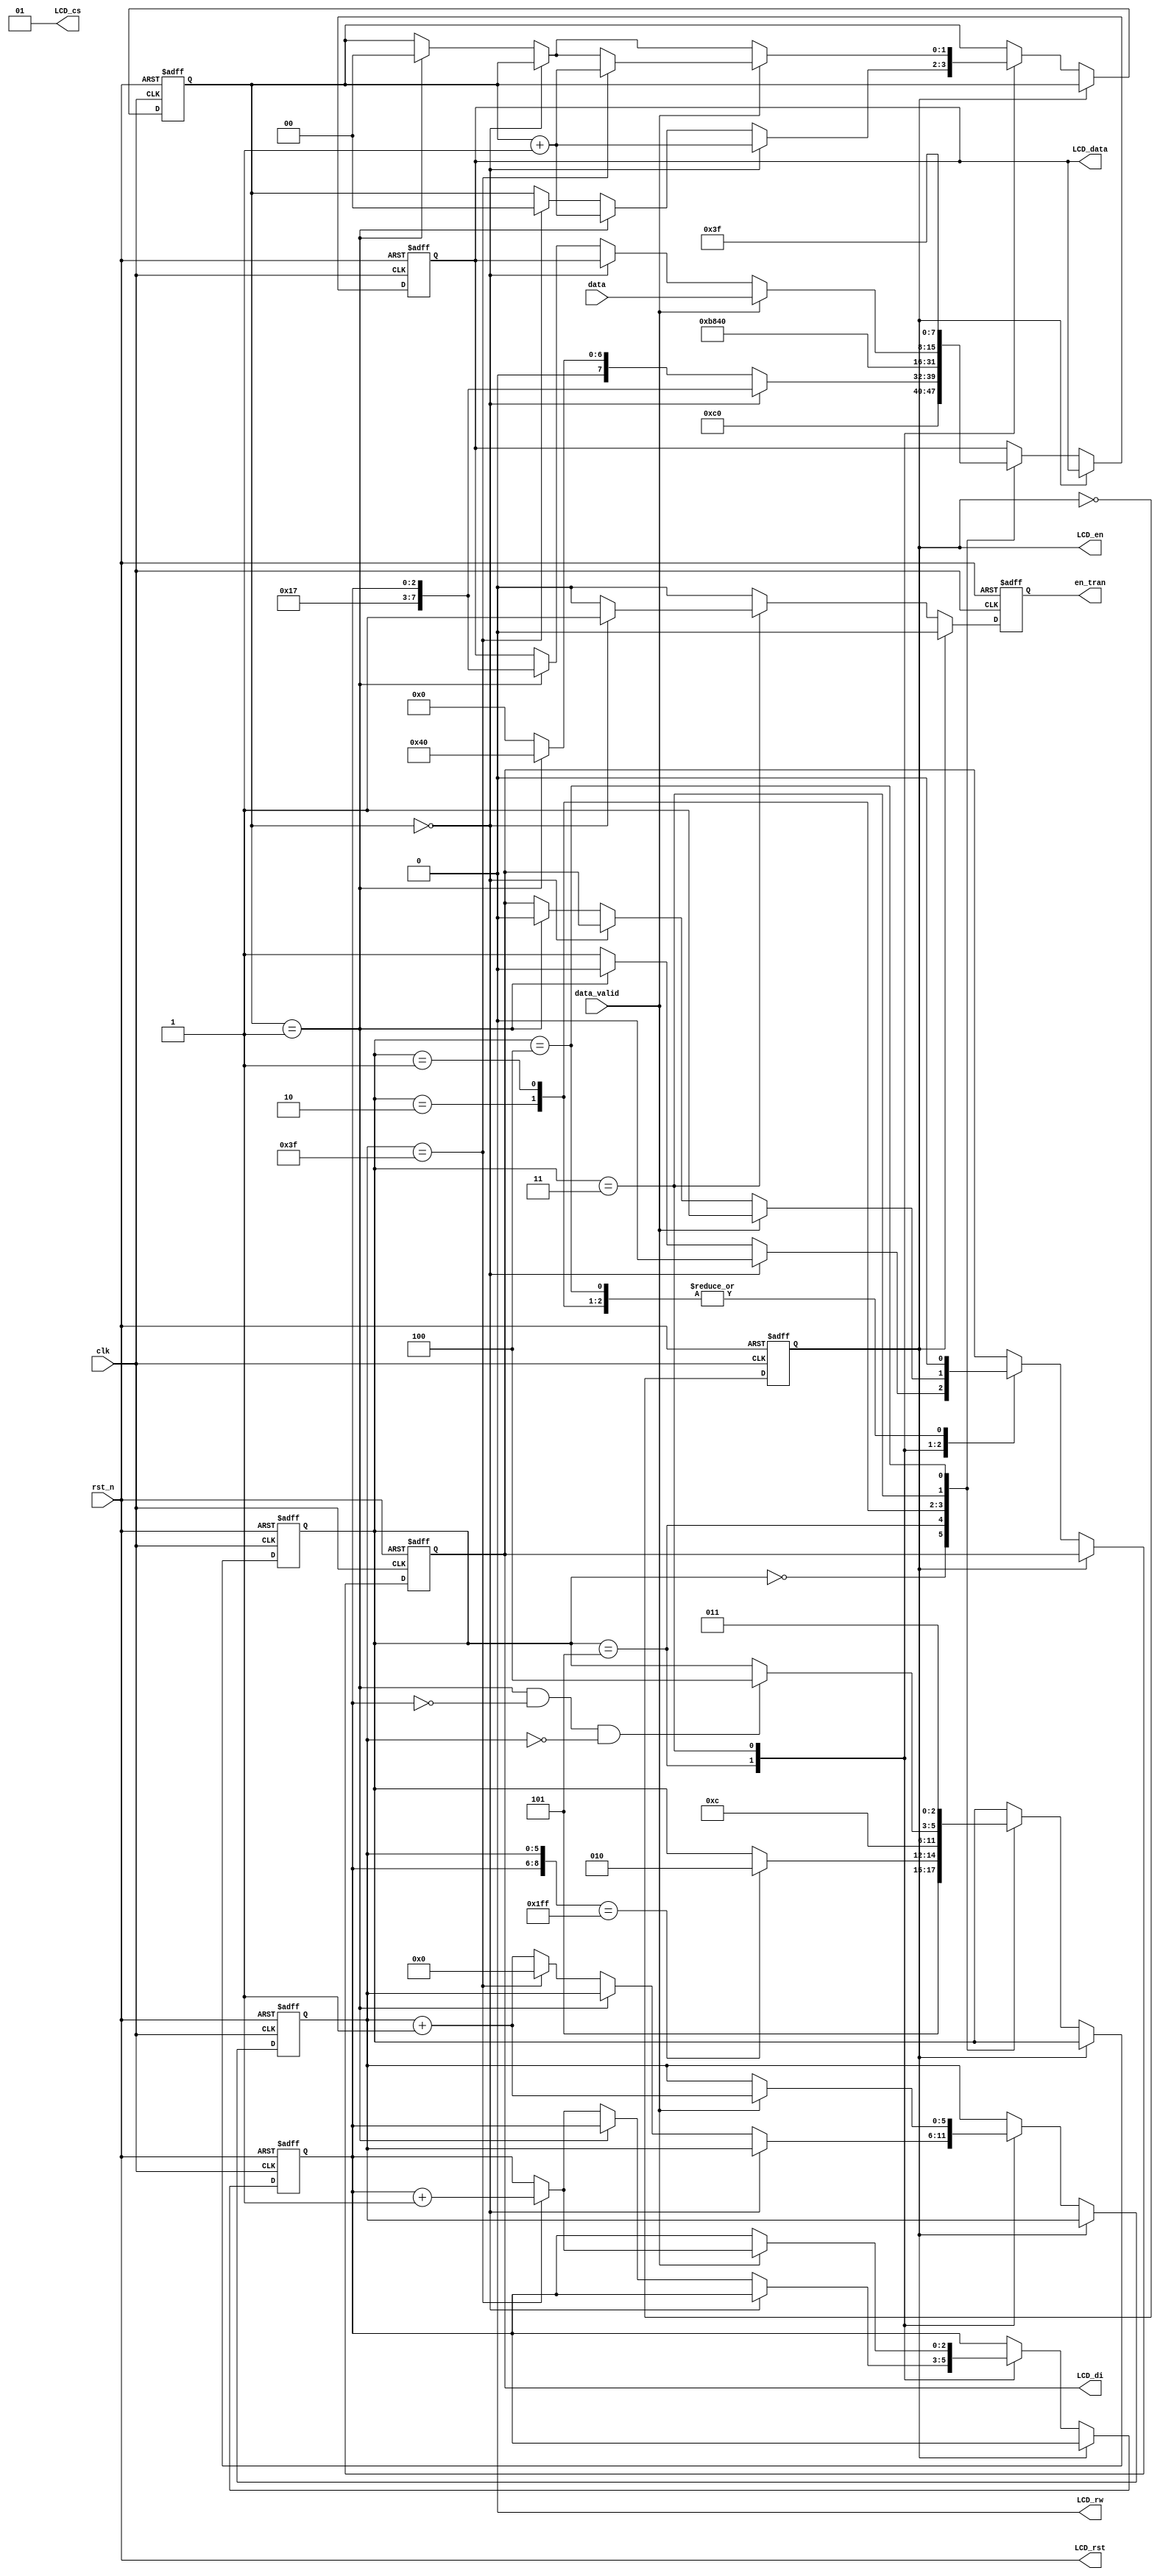
`timescale 1ns / 1ps
//////////////////////////////////////////////////////////////////////////////////
// Company: 
// Engineer: 
// 
// Design Name: 
// Module Name:    lcd_ctrl_3 
// Project Name: 
// Target Devices: 
// Tool versions: 
// Description: 
//
// Dependencies: 
//
// Revision: 
// Revision 0.01 - File Created
// Additional Comments: 
//
//////////////////////////////////////////////////////////////////////////////////
module lcd_ctrl_3 (
  input wire clk,
  input wire rst_n,
  input wire [7:0] data,    // memory value  
  input wire data_valid,    // if data_valid = 1 the data is valid

  output reg LCD_di,
  output wire LCD_rw,
  output reg LCD_en,
  output wire LCD_rst,
  output wire [1:0] LCD_cs,
  output reg [7:0] LCD_data,
  output reg en_tran
);
 
  parameter SETDSL = 3'd0;
  parameter SetY = 3'd1;
  parameter SetX = 3'd2;
  parameter Display = 3'd3;
  parameter IDLE = 3'd4;
  parameter EARSE = 3'd5;

  assign LCD_rst = rst_n;
  assign LCD_cs = 2'b01;
  assign LCD_rw = 1'b0;
 
  reg LCD_di_next;
  reg [7:0] LCD_data_next;
  reg LCD_en_next;
  reg [2:0] state,state_next;
  reg en_tran_next;
  reg [5:0] y_cnt,y_cnt_next;
  reg [1:0] flag,flag_next;
  reg [2:0] x_cnt,x_cnt_next;
 
  always @(posedge clk or negedge rst_n) begin
    if (~rst_n) begin
      LCD_di = 1'd0;
      LCD_data = 8'b0000_0000;
      LCD_en = 1'b1;
      state = SETDSL;
      en_tran = 1'b0;
      y_cnt = 6'd0;
      x_cnt = 3'd0;
      flag = 2'd0;
    end else begin
      LCD_di = LCD_di_next;
      LCD_data = LCD_data_next;
      LCD_en = LCD_en_next;
      state = state_next;
      en_tran = en_tran_next;
      y_cnt = y_cnt_next;
      x_cnt = x_cnt_next;
      flag = flag_next;
    end
  end
  
  always @* begin
    state_next = state;
    if (LCD_en == 1'b0) begin
      case (state)
        SETDSL: begin
          state_next = EARSE;
        end
        EARSE: begin
          if ({x_cnt,y_cnt} == {3'd7,6'd63}) state_next = SetX;
        end
        SetX: begin
          state_next = SetY;
        end
        SetY: begin
          state_next = IDLE;
        end
        Display: begin
          if(flag == 1'b1 && x_cnt == 3'd0 && y_cnt == 6'd0) state_next = IDLE;
        end
        IDLE:begin
          state_next = Display;
        end
      endcase
    end
  end
 
  always @(*) begin
    LCD_en_next = ~LCD_en;
    LCD_data_next = LCD_data;
    LCD_di_next = LCD_di;
    en_tran_next = 1'd0;
    y_cnt_next = y_cnt;
    x_cnt_next = x_cnt;
    flag_next = flag;
    if (LCD_en ==1'd0) begin
      case (state)
        SETDSL: begin
          LCD_data_next = 8'b1100_0000;
          LCD_di_next   = 1'd0;
        end
        EARSE: begin
          if (flag == 2'b0) begin
            LCD_di_next   = 1'd0;
            LCD_data_next = {5'b10111,x_cnt};
            flag_next = flag + 1'b1;
          end else if (flag == 2'b1) begin
            LCD_di_next   = 1'd0;
            LCD_data_next = 8'b0100_0000;
            flag_next = flag + 1'b1;
          end else begin
            LCD_di_next   = 1'd1;
            LCD_data_next  = 8'b0000_0000;
            if (y_cnt == 6'd63) begin
              y_cnt_next = 6'd0;
              flag_next = 2'd0;
              x_cnt_next = x_cnt + 1'b1;
            end else begin
              y_cnt_next = y_cnt + 1'b1;
            end
          end
        end
        SetX: begin
          LCD_data_next = 8'b10111000;
          LCD_di_next   = 1'd0;
        end
        SetY: begin
          LCD_data_next = 8'b0100_0000;
          LCD_di_next   = 1'd0;
        end
        Display: begin
          if (flag == 2'b0) begin
            en_tran_next = 1'd1;
          end else if (flag == 2'd1) begin
            LCD_data_next = {5'b10111, x_cnt};
            LCD_di_next = 1'd0;
            flag_next = 2'd0;
          end
          if (data_valid) begin
            y_cnt_next = y_cnt + 1'b1;
            LCD_di_next = 1'd1;
            LCD_data_next = data;
            if (y_cnt == 6'd63) begin
              flag_next = flag + 1'b1;
              x_cnt_next = x_cnt + 1'b1;
            end
          end
        end
        IDLE: begin
          LCD_di_next = 1'd0;
          LCD_data_next = 8'b0011_1111;
        end
      endcase
    end
  end
endmodule